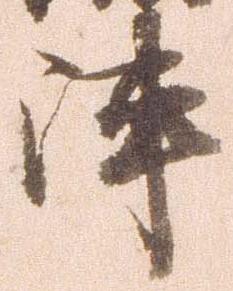
陣